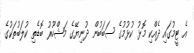
އެ ޓީމުގައި ދެއްކި މޮޅު ކުޅުމުގެ ސަބަބުން ދުނިޔޭގެ މަޝްހޫރު ބޮޑެތި ކުލަބުތަކުގެ